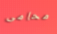
محامى